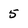
Character: 5